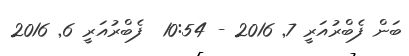
ބަން ފެބްރުއަރީ 7